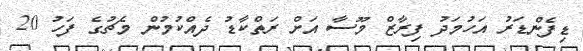
ޑިފެންޑަރު އަހުމަދު ފިރާޒް މޫސާ އަށް ރަތްކާޑު ދެއްކުމުން މެޗުގެ ފަހު 20